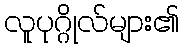
လူပုဂ္ဂိုလ်များ၏